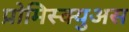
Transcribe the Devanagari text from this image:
प्रोमिस्क्युअस